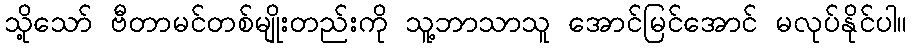
သို့သော် ဗီတာမင်တစ်မျိုးတည်းကို သူ့ဘာသာသူ အောင်မြင်အောင် မလုပ်နိုင်ပါ။